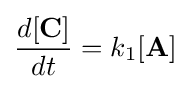
{\frac {d[\mathbf {C} ]}{dt}}=k_{1}[\mathbf {A} ]